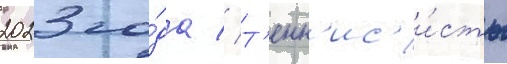
2023 го́да // Т'енн'ис'и́сты